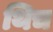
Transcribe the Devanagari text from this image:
थिच